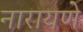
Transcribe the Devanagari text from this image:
नारायणे